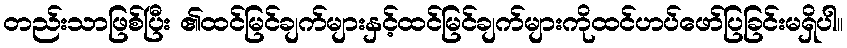
တည်းသာဖြစ်ပြီး ၏ထင်မြင်ချက်များနှင့်ထင်မြင်ချက်များကိုထင်ဟပ်ဖော်ပြခြင်းမရှိပါ။